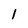
Character: 1